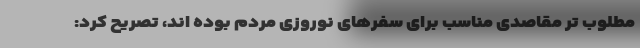
مطلوب تر مقاصدی مناسب برای سفرهای نوروزی مردم بوده اند، تصریح کرد: